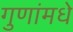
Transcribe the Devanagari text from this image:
गुणांमधे